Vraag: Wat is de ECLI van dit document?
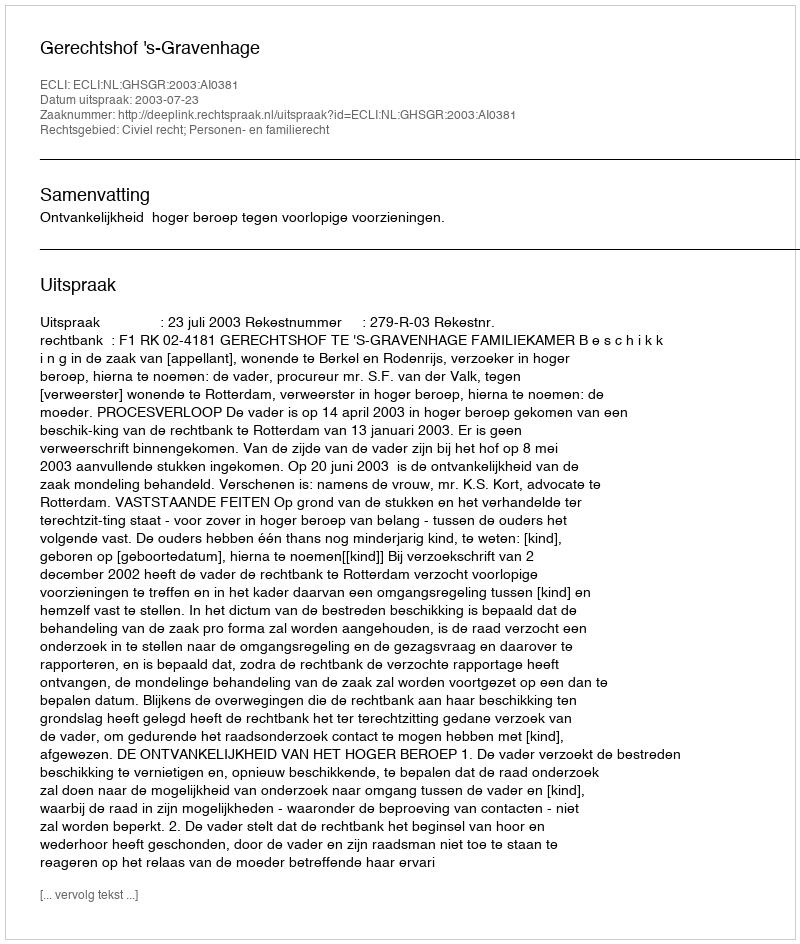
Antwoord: ECLI:NL:GHSGR:2003:AI0381